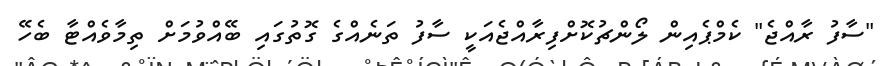
"ސާފު ރާއްޖެެ" ކެމްޕެއިން ލޯންޗުކޮށްފިރާއްޖެއަކީ ސާފު ތަނެއްގެ ގޮތުގައި ބޭއްވުމަށް ތިމާވެއްޓާ ބެހޭ